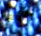
رائع